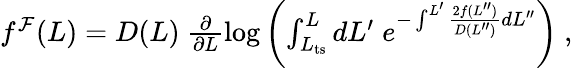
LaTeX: \begin{array}{r}{f^{\mathcal{F}}(L)=D(L)\ \frac{\partial}{\partial L}\log\left(\int_{L_{\mathrm{ts}}}^{L}dL^{\prime}\; e^{-\int^{L^{\prime}}\frac{2f(L^{\prime\prime})}{D(L^{\prime\prime})}dL^{\prime\prime}}\right)\ ,}\end{array}